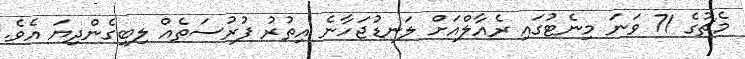
މެޗުގެ 71 ވަނަ މިނެޓުގައި ރެއާލްއަށް ލަނޑުޖަހާނެ އިތުރު ފުރުސަތެއް ލިބިގެންދިޔަ އެވެ.